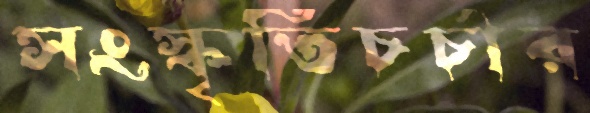
সংস্কৃতিচর্চার